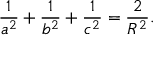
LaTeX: { \frac { 1 } { a ^ { 2 } } } + { \frac { 1 } { b ^ { 2 } } } + { \frac { 1 } { c ^ { 2 } } } = { \frac { 2 } { R ^ { 2 } } } .